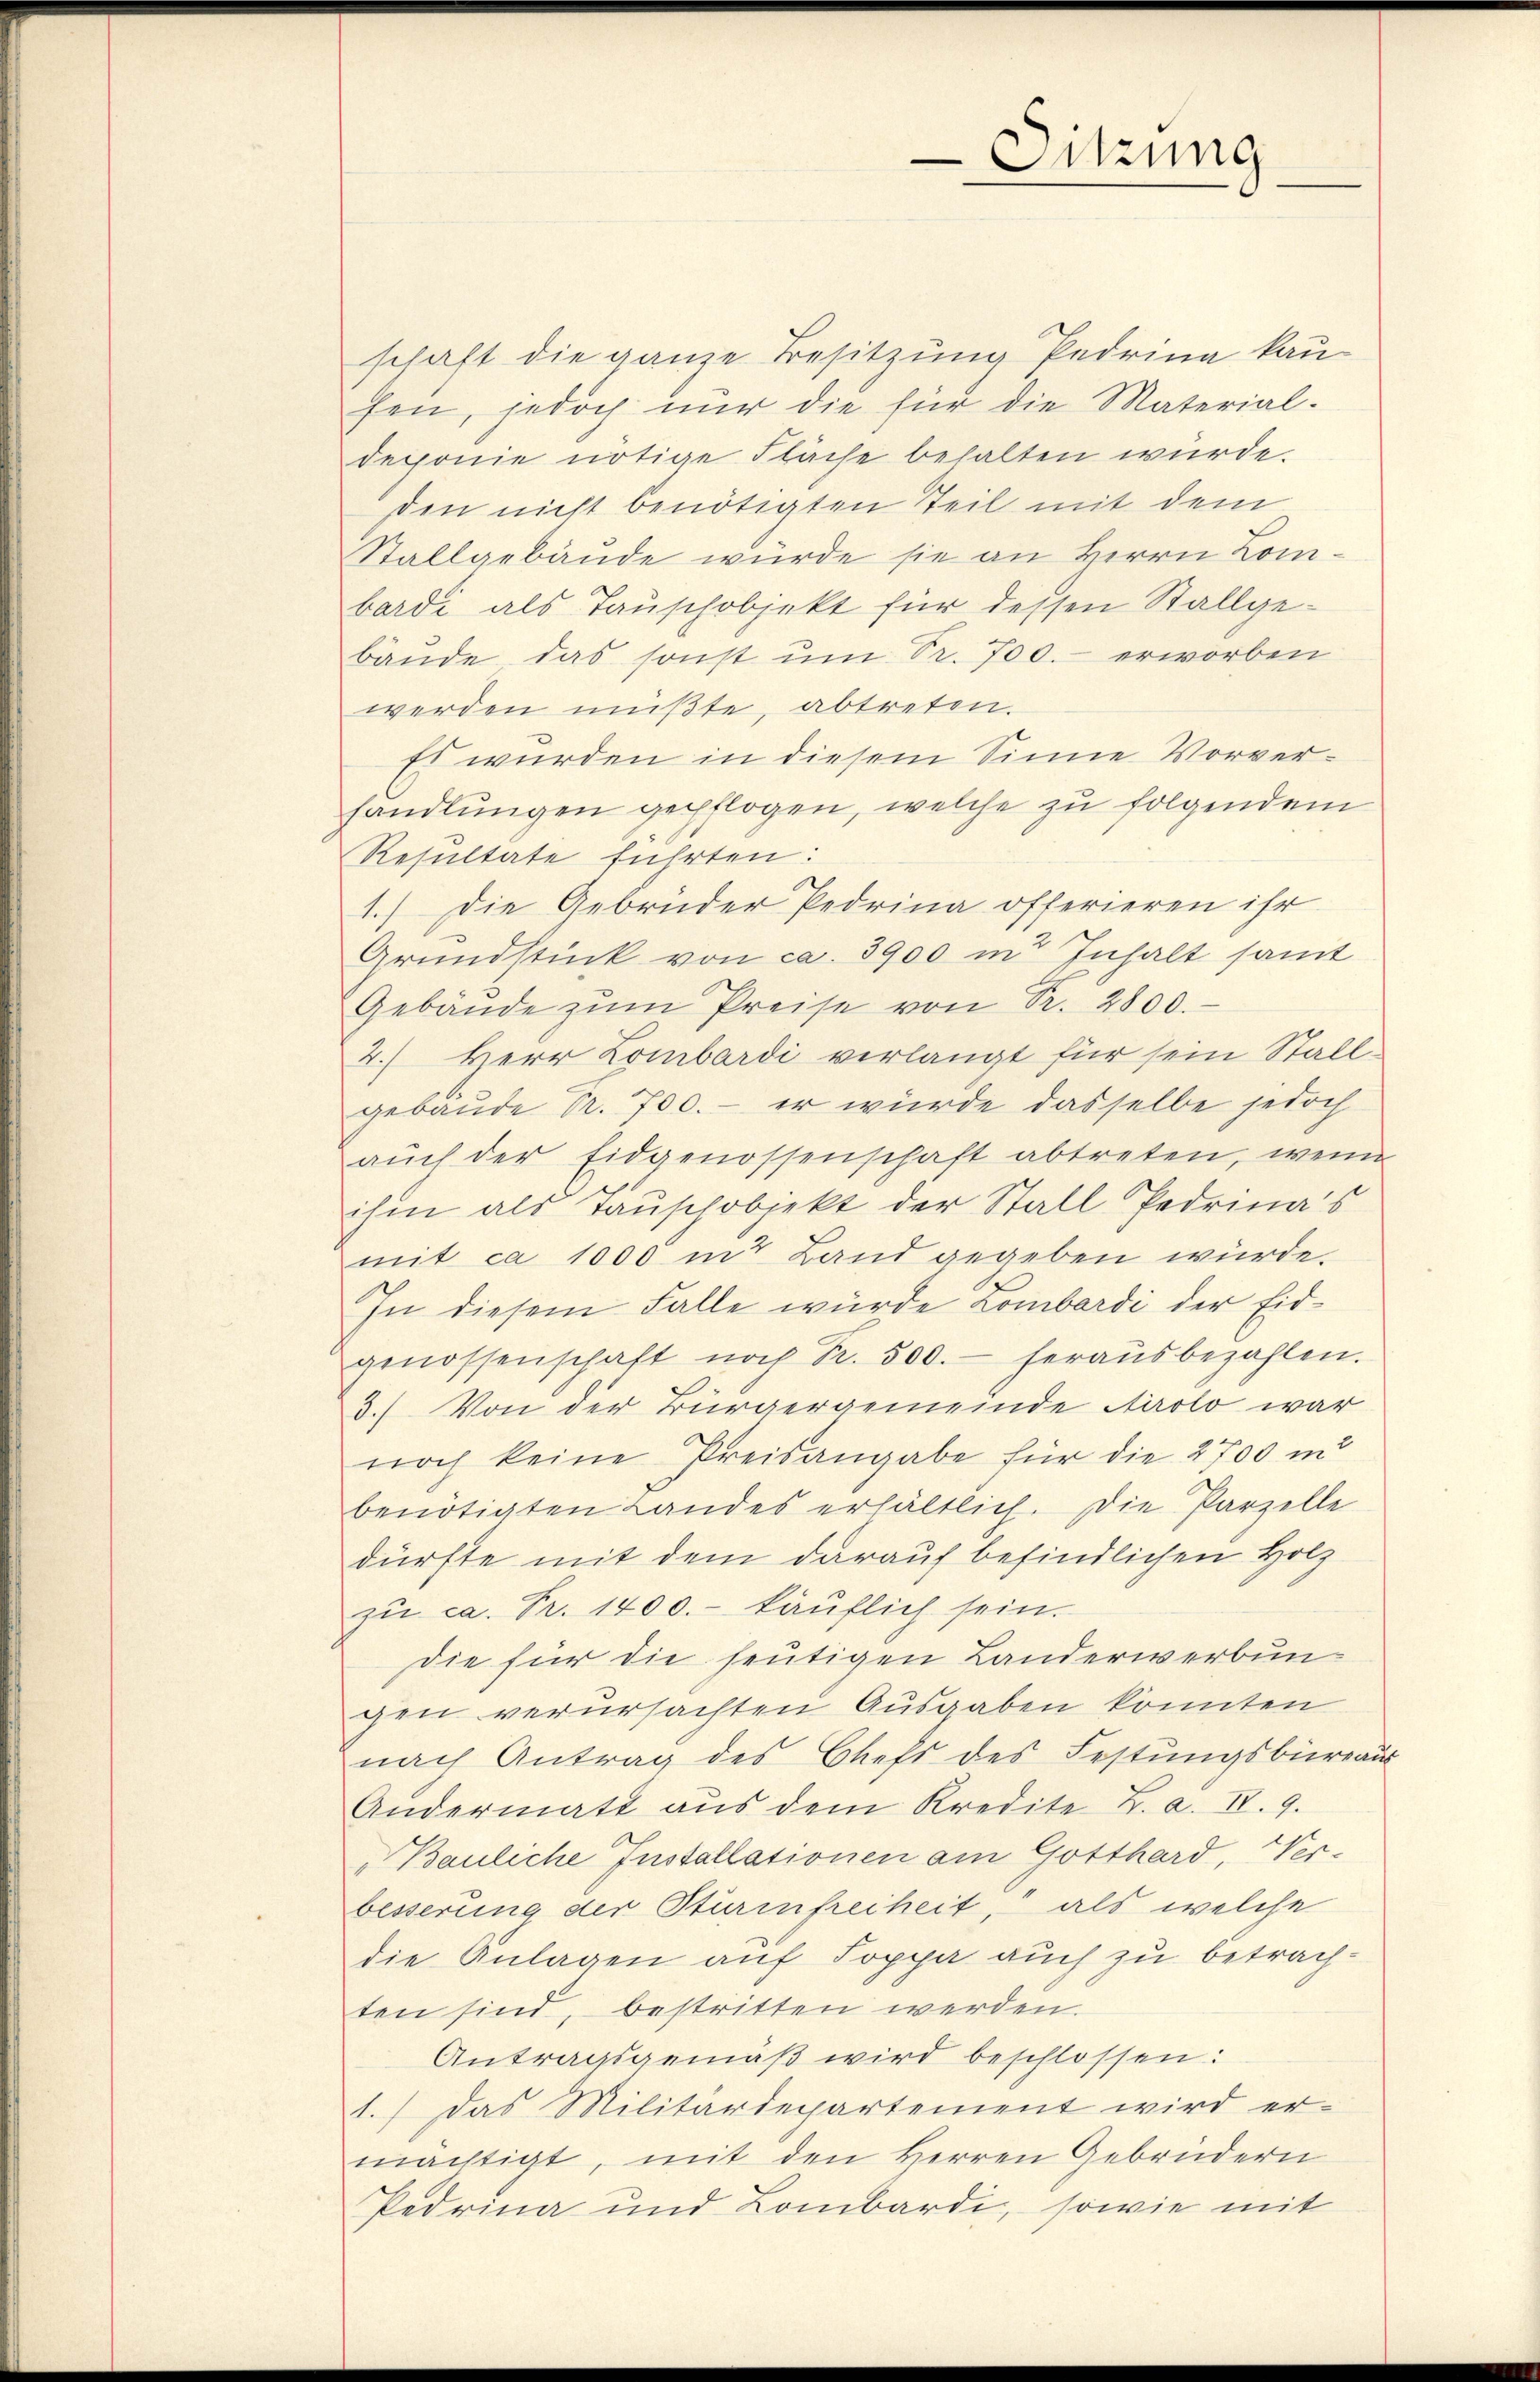
Sitzung

schaft die ganze Besitzung Pedrina kaufen, jedoch nur die für die Material-
deponie nötige Fläche behalten wurde.
den nicht benötigten Teil mit dem
Stallgebäude wurde sie an Herrn Lombardi als Tauschobjekt für dessen Stallge-
bäŭde, das sonst um Sr. 700.- erworben
werden müßte, abtreten.
Es wurden in diesem Sinne Vorverhandlungen gepflogen, welche zu folgendem
Resultate führten:
1.) Die Gebrüder Pedrina offerieren ihr
Grundstück von ca. 3900 in Inhalt samt
Gebäŭde zŭm Preise von Pr. 2800.
2.) Herr Lombardi verlangt für sein Stall
gebäude Nr. 700.- er würde dasselbe jedoch
auch der Eidgenossenschaft abtreten, wenn
ihm als Tauschobjekt der Stall Pedrina's
mit ca 1000 in Land gegeben würde.
In diesem Falle wurde Lombardi der Eidgenossenschaft noch R. 500.- herausbezahlen.
3.) Von der Bürgergemeinde Airolo war
noch keine Preisangabe für die 2700 in
benötigten Landes erhältlich. Die Parzelle
dürfte mit dem darauf befindlichen Holz
zu ca. Fr. 1400.- käuflich sein.
die für die heutigen Landerwerbungen verursachten Ausgaben könnten
nach Antrag des Chefs des Festungsbureaus
Andermatt aus dem Kredite L. a. IV. 9.
Bauliche Installationen am Gotthard, Verbesserung der Sturinfreiheit, als welche
die Anlagen auf Soppa auch zu betrachten sind, bestritten werden.
Antragsgemäß wird beschlossen:
1.) Das Militärdepartement wird er-
mächtigt, mit den Herren Gebrüdern
Pedrina und Lombardi, sowie mit